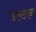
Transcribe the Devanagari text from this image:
उल्टान